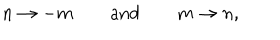
LaTeX: n \rightarrow - m \qquad \mathrm { a n d } \qquad m \rightarrow n ,